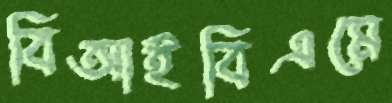
বিআইবিএমে